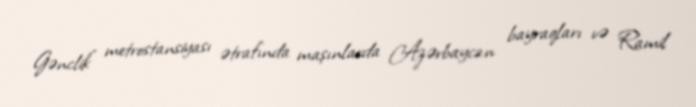
Gənclik" metrostansiyası ətrafında maşınlarda Azərbaycan bayraqları və Ramil